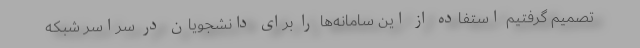
تصمیم گرفتیم استفاده از این سامانه‌ها را برای دانشجویان در سراسر شبکه